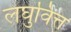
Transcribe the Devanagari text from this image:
लघुवित्त